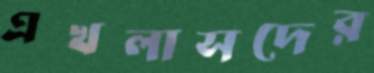
এখলাসদের